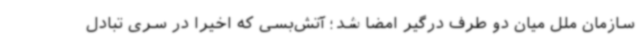
سازمان ملل میان دو طرف درگیر امضا شد؛ آتش‌بسی که اخیرا در سری تبادل